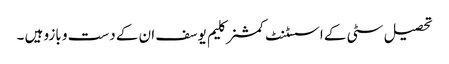
تحصیل سٹی کے اسسٹنٹ کمشنر کلیم یوسف ان کے دست و بازو ہیں ۔